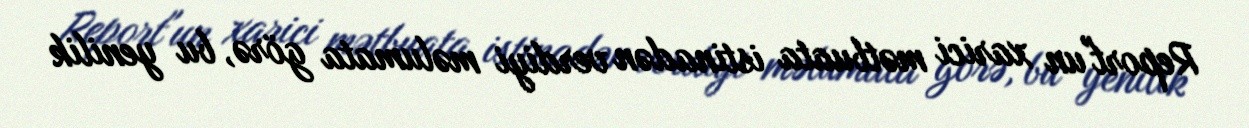
Report"un xarici mətbuata istinadən verdiyi məlumata görə, bu yenilik